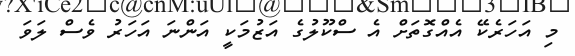
މި އަހަރެކޭ އެއްގޮތަށް އެ ސްކޫލުގެ އަޒުމަކީ އަންނަ އަހަރު ވެސް ލަވަ